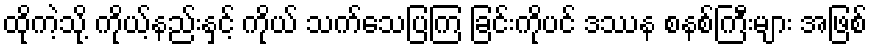
ထိုကဲ့သို့ ကိုယ့်နည်းနှင့် ကိုယ် သက်သေပြကြ ခြင်းကိုပင် ဒဿန စနစ်ကြီးများ အဖြစ်